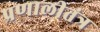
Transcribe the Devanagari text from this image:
प्रणालीतंत्र